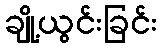
ချို့ယွင်းခြင်း